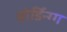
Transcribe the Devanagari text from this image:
बोर्डिन्ग्ग